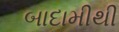
બાદામીથી